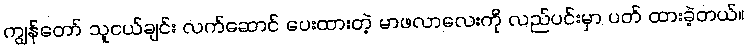
ကျွန်တော် သူငယ်ချင်း လက်ဆောင် ပေးထားတဲ့ မာဖလာလေးကို လည်ပင်းမှာ ပတ် ထားခဲ့တယ်။